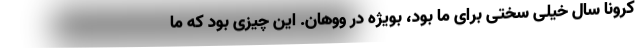
کرونا سال خیلی سختی برای ما بود، بویژه در ووهان. این چیزی بود که ما